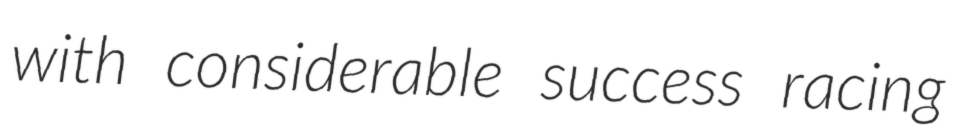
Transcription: with considerable success racing